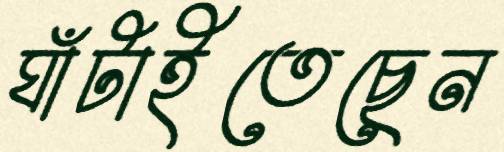
ঘাঁটাইতেছেন